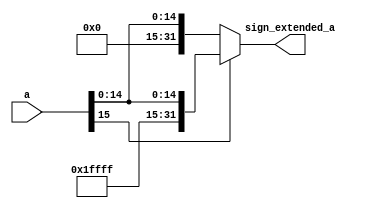

module sign_extend(a, 
					sign_extended_a);
	input wire[15:0] a;
	output wire[31:0] sign_extended_a;

	assign sign_extended_a = a[15] ? {16'b1111111111111111, a[15:0]} : {16'b0000000000000000, a[15:0]}; 

endmodule // sign_extend